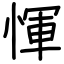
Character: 惲